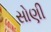
સોણી